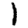
Digit: 1